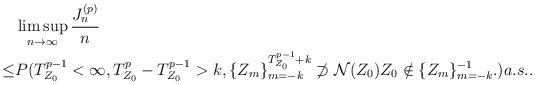
LaTeX: \begin{align*}&\limsup_{n\to \infty} \frac{J_n^{(p)}}{n} \\\le &P(T^{p-1}_{Z_0}<\infty,T^{p}_{Z_0}-T^{p-1}_{Z_0}>k,\{Z_m\}_{m=-k}^{T^{p-1}_{Z_0}+k} \not\supset {\cal N}( Z_{0}) Z_0\notin\{Z_m\}_{m=-k}^{-1}.)a.s.. \end{align*}